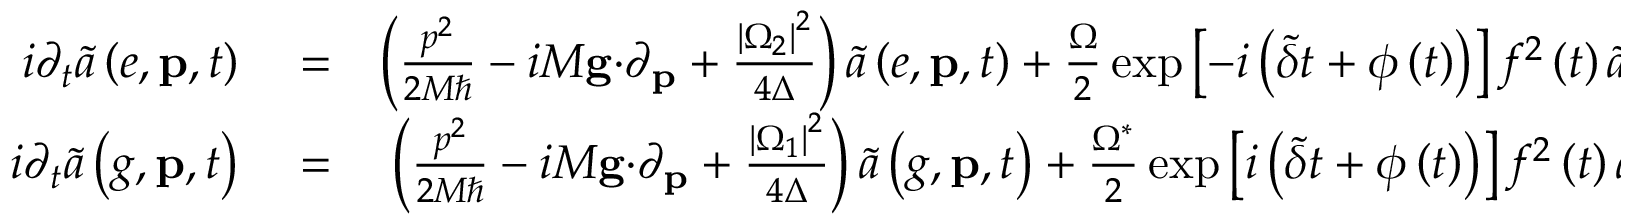
\begin{array} { r l r } { i \partial _ { t } \tilde { a } \left( e , \mathbf { p } , t \right) } & { { } = } & { \left( \frac { p ^ { 2 } } { 2 M \hbar } - i M \mathbf { g \cdot } \partial _ { \mathbf { p } } + \frac { \left\vert \Omega _ { 2 } \right\vert ^ { 2 } } { 4 \Delta } \right) \tilde { a } \left( e , \mathbf { p } , t \right) + \frac { \Omega } { 2 } \exp \left[ - i \left( \tilde { \delta } t + \phi \left( t \right) \right) \right] f ^ { 2 } \left( t \right) \tilde { a } \left( g , \mathbf { p } - \hbar \mathbf { k } , t \right) , } \\ { i \partial _ { t } \tilde { a } \left( g , \mathbf { p } , t \right) } & { { } = } & { \left( \frac { p ^ { 2 } } { 2 M \hbar } - i M \mathbf { g \cdot } \partial _ { \mathbf { p } } + \frac { \left\vert \Omega _ { 1 } \right\vert ^ { 2 } } { 4 \Delta } \right) \tilde { a } \left( g , \mathbf { p } , t \right) + \frac { \Omega ^ { \ast } } { 2 } \exp \left[ i \left( \tilde { \delta } t + \phi \left( t \right) \right) \right] f ^ { 2 } \left( t \right) \tilde { a } \left( e , \mathbf { p } + \hbar \mathbf { k } , t \right) , } \end{array}